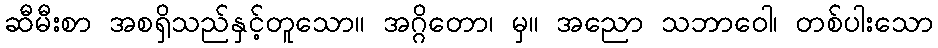
ဆီမီးစာ အစရှိသည်နှင့်တူသော။ အဂ္ဂိတော၊ မှ။ အညော သဘာဝေါ၊ တစ်ပါးသော